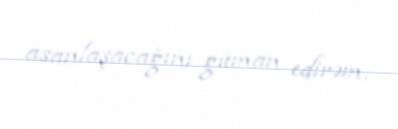
asanlaşacağını güman edirəm.